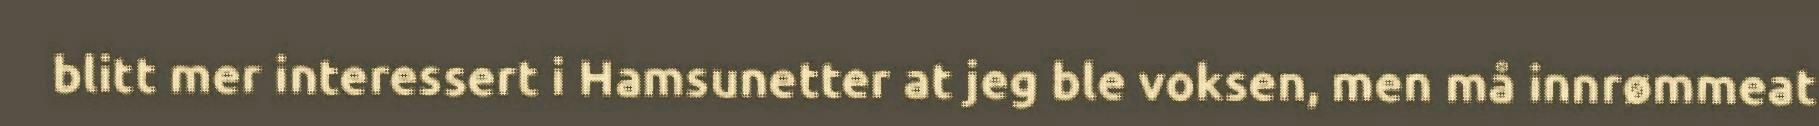
blitt mer interessert i Hamsunetter at jeg ble voksen, men må innrømmeat